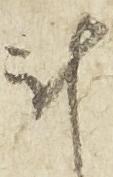
計